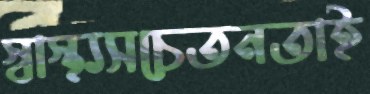
স্বাস্থ্যসচেতনতাই